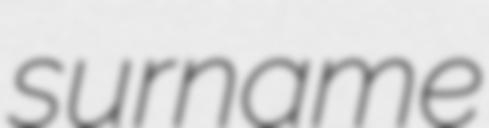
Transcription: surname